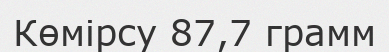
Көмірсу 87,7 грамм